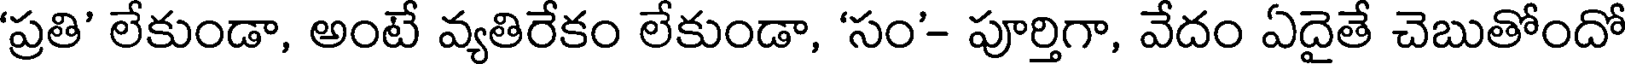
'ప్రతి' లేకుండా, అంటే వ్యతిరేకం లేకుండా, 'సం'- పూర్తిగా, వేదం ఏదైతే చెబుతోందో